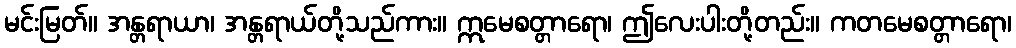
မင်းမြတ်။ အန္တရာယာ၊ အန္တရာယ်တို့သည်ကား။ ဣမေစတ္တာရော၊ ဤလေးပါးတို့တည်း။ ကတမေစတ္တာရော၊